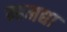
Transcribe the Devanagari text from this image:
म्हमद्या